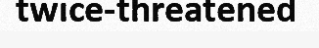
twice-threatened